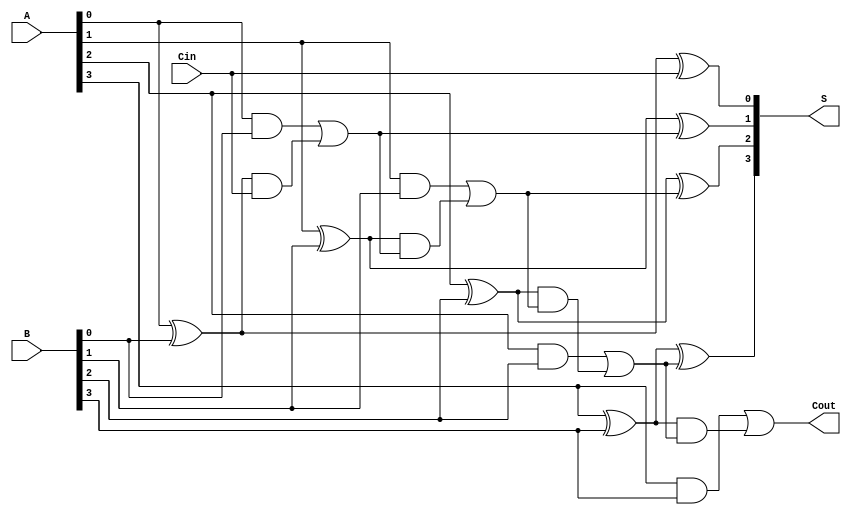
module LingAdder #(parameter N = 4) (
    input [N-1:0] A,      // First n-bit input
    input [N-1:0] B,      // Second n-bit input
    input Cin,            // Carry-in
    output [N-1:0] S,     // n-bit sum output
    output Cout           // Carry-out
);

    // Generate and propagate signals
    wire [N-1:0] G;  // Generate signals
    wire [N-1:0] P;  // Propagate signals
    wire [N:0] C;    // Carry signals (C[0] = Cin, C[N] = Cout)

    // Generate and propagate calculations
    genvar i;
    generate
        for (i = 0; i < N; i = i + 1) begin : genprop
            assign G[i] = A[i] & B[i];          // Generate
            assign P[i] = A[i] ^ B[i];          // Propagate
        end
    endgenerate

    // Carry calculations
    assign C[0] = Cin;  // Initial carry-in
    generate
        for (i = 0; i < N; i = i + 1) begin : carry
            assign C[i+1] = G[i] | (P[i] & C[i]); // Carry-out for each bit
        end
    endgenerate

    // Sum calculations
    generate
        for (i = 0; i < N; i = i + 1) begin : sum
            assign S[i] = P[i] ^ C[i];           // Sum
        end
    endgenerate

    // Final carry-out
    assign Cout = C[N]; // Carry-out of the last bit

endmodule